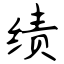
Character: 绩